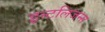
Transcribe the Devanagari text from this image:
इन्टलिजन्स